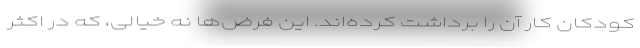
کودکان کار آن را برداشت کرده‌اند. این فرض‌ها نه خیالی، که در اکثر